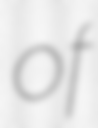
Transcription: of